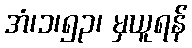
အံ၊၁၊၅၃၊ မှယူရန်